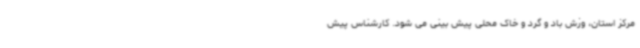
مرکز استان، وزش باد و گرد و خاک محلی پیش بینی می شود. کارشناس پیش